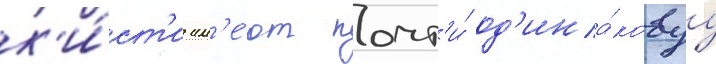
к'и́ст'и им'е́ют почт'и́ од'ина́ковуу